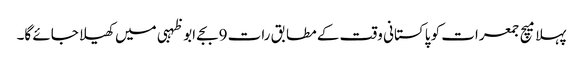
پہلا میچ جمعرات کو پاکستانی وقت کے مطابق رات 9بجے ابوظہبی میں کھیلا جائے گا۔